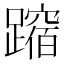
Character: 𲄉